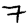
Digit: 7